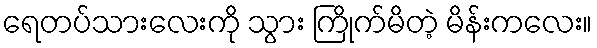
ရေတပ်သားလေးကို သွား ကြိုက်မိတဲ့ မိန်းကလေး။